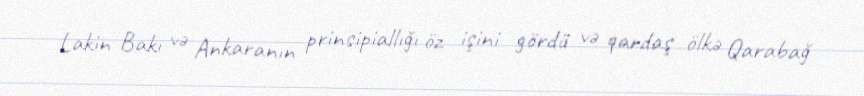
Lakin Bakı və Ankaranın prinsipiallığı öz işini gördü və qardaş ölkə Qarabağ